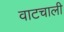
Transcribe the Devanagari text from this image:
वाटचाली